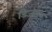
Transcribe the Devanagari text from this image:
डिजइन